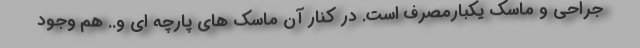
جراحی و ماسک یکبارمصرف است. در کنار آن ماسک های پارچه ای و..‌ هم وجود